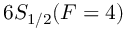
6 S _ { 1 / 2 } ( F = 4 )